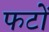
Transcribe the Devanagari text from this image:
फटों